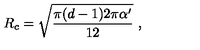
R _ { c } = \sqrt { { \frac { \pi ( d - 1 ) 2 \pi \alpha ^ { \prime } } { 1 2 } } } \ ,